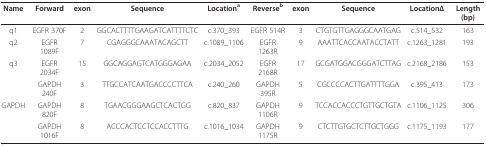
<table><thead><tr><td><b>Name</b></td><td><b>Forward</b></td><td><b>exon</b></td><td><b>Sequence</b></td><td><b>Location<sup>a</sup></b></td><td><b>Reverse<sup>b</sup></b></td><td><b>exon</b></td><td><b>Sequence</b></td><td><b>LocationΔ</b></td><td><b>Length(bp)</b></td></tr></thead><tbody><tr><td>q1</td><td>EGFR 370F</td><td>2</td><td>GGCACTTTTGAAGATCATTTTCTC</td><td>c.370_393</td><td>EGFR 514R</td><td>3</td><td>CTGTGTTGAGGGCAATGAG</td><td>c.514_532</td><td>163</td></tr><tr><td>q2</td><td>EGFR 1089F</td><td>7</td><td>CGAGGGCAAATACAGCTT</td><td>c.1089_1106</td><td>EGFR 1263R</td><td>9</td><td>AAATTCACCAATACCTATT</td><td>c.1263_1281</td><td>193</td></tr><tr><td>q3</td><td>EGFR 2034F</td><td>15</td><td>GGCAGGAGTCATGGGAGAA</td><td>c.2034_2052</td><td>EGFR 2168R</td><td>17</td><td>GCGATGGACGGGATCTTAG</td><td>c.2168_2186</td><td>153</td></tr><tr><td></td><td>GAPDH 240F</td><td>3</td><td>TTGCCATCAATGACCCCTTCA</td><td>c.240_260</td><td>GAPDH 395R</td><td>5</td><td>CGCCCCACTTGATTTTGGA</td><td>c.395_413</td><td>173</td></tr><tr><td>GAPDH</td><td>GAPDH 820F</td><td>8</td><td>TGAACGGGAAGCTCACTGG</td><td>c.820_837</td><td>GAPDH 1106R</td><td>9</td><td>TCCACCACCCTGTTGCTGTA</td><td>c.1106_1125</td><td>306</td></tr><tr><td></td><td>GAPDH 1016F</td><td>8</td><td>ACCCACTCCTCCACCTTTG</td><td>c.1016_1034</td><td>GAPDH 1175R</td><td>9</td><td>CTCTTGTGCTCTTGCTGGG</td><td>c.1175_1193</td><td>177</td></tr></tbody></table>